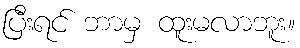
ပြီးရင် ဘာမှ ထူးမလာဘူး။